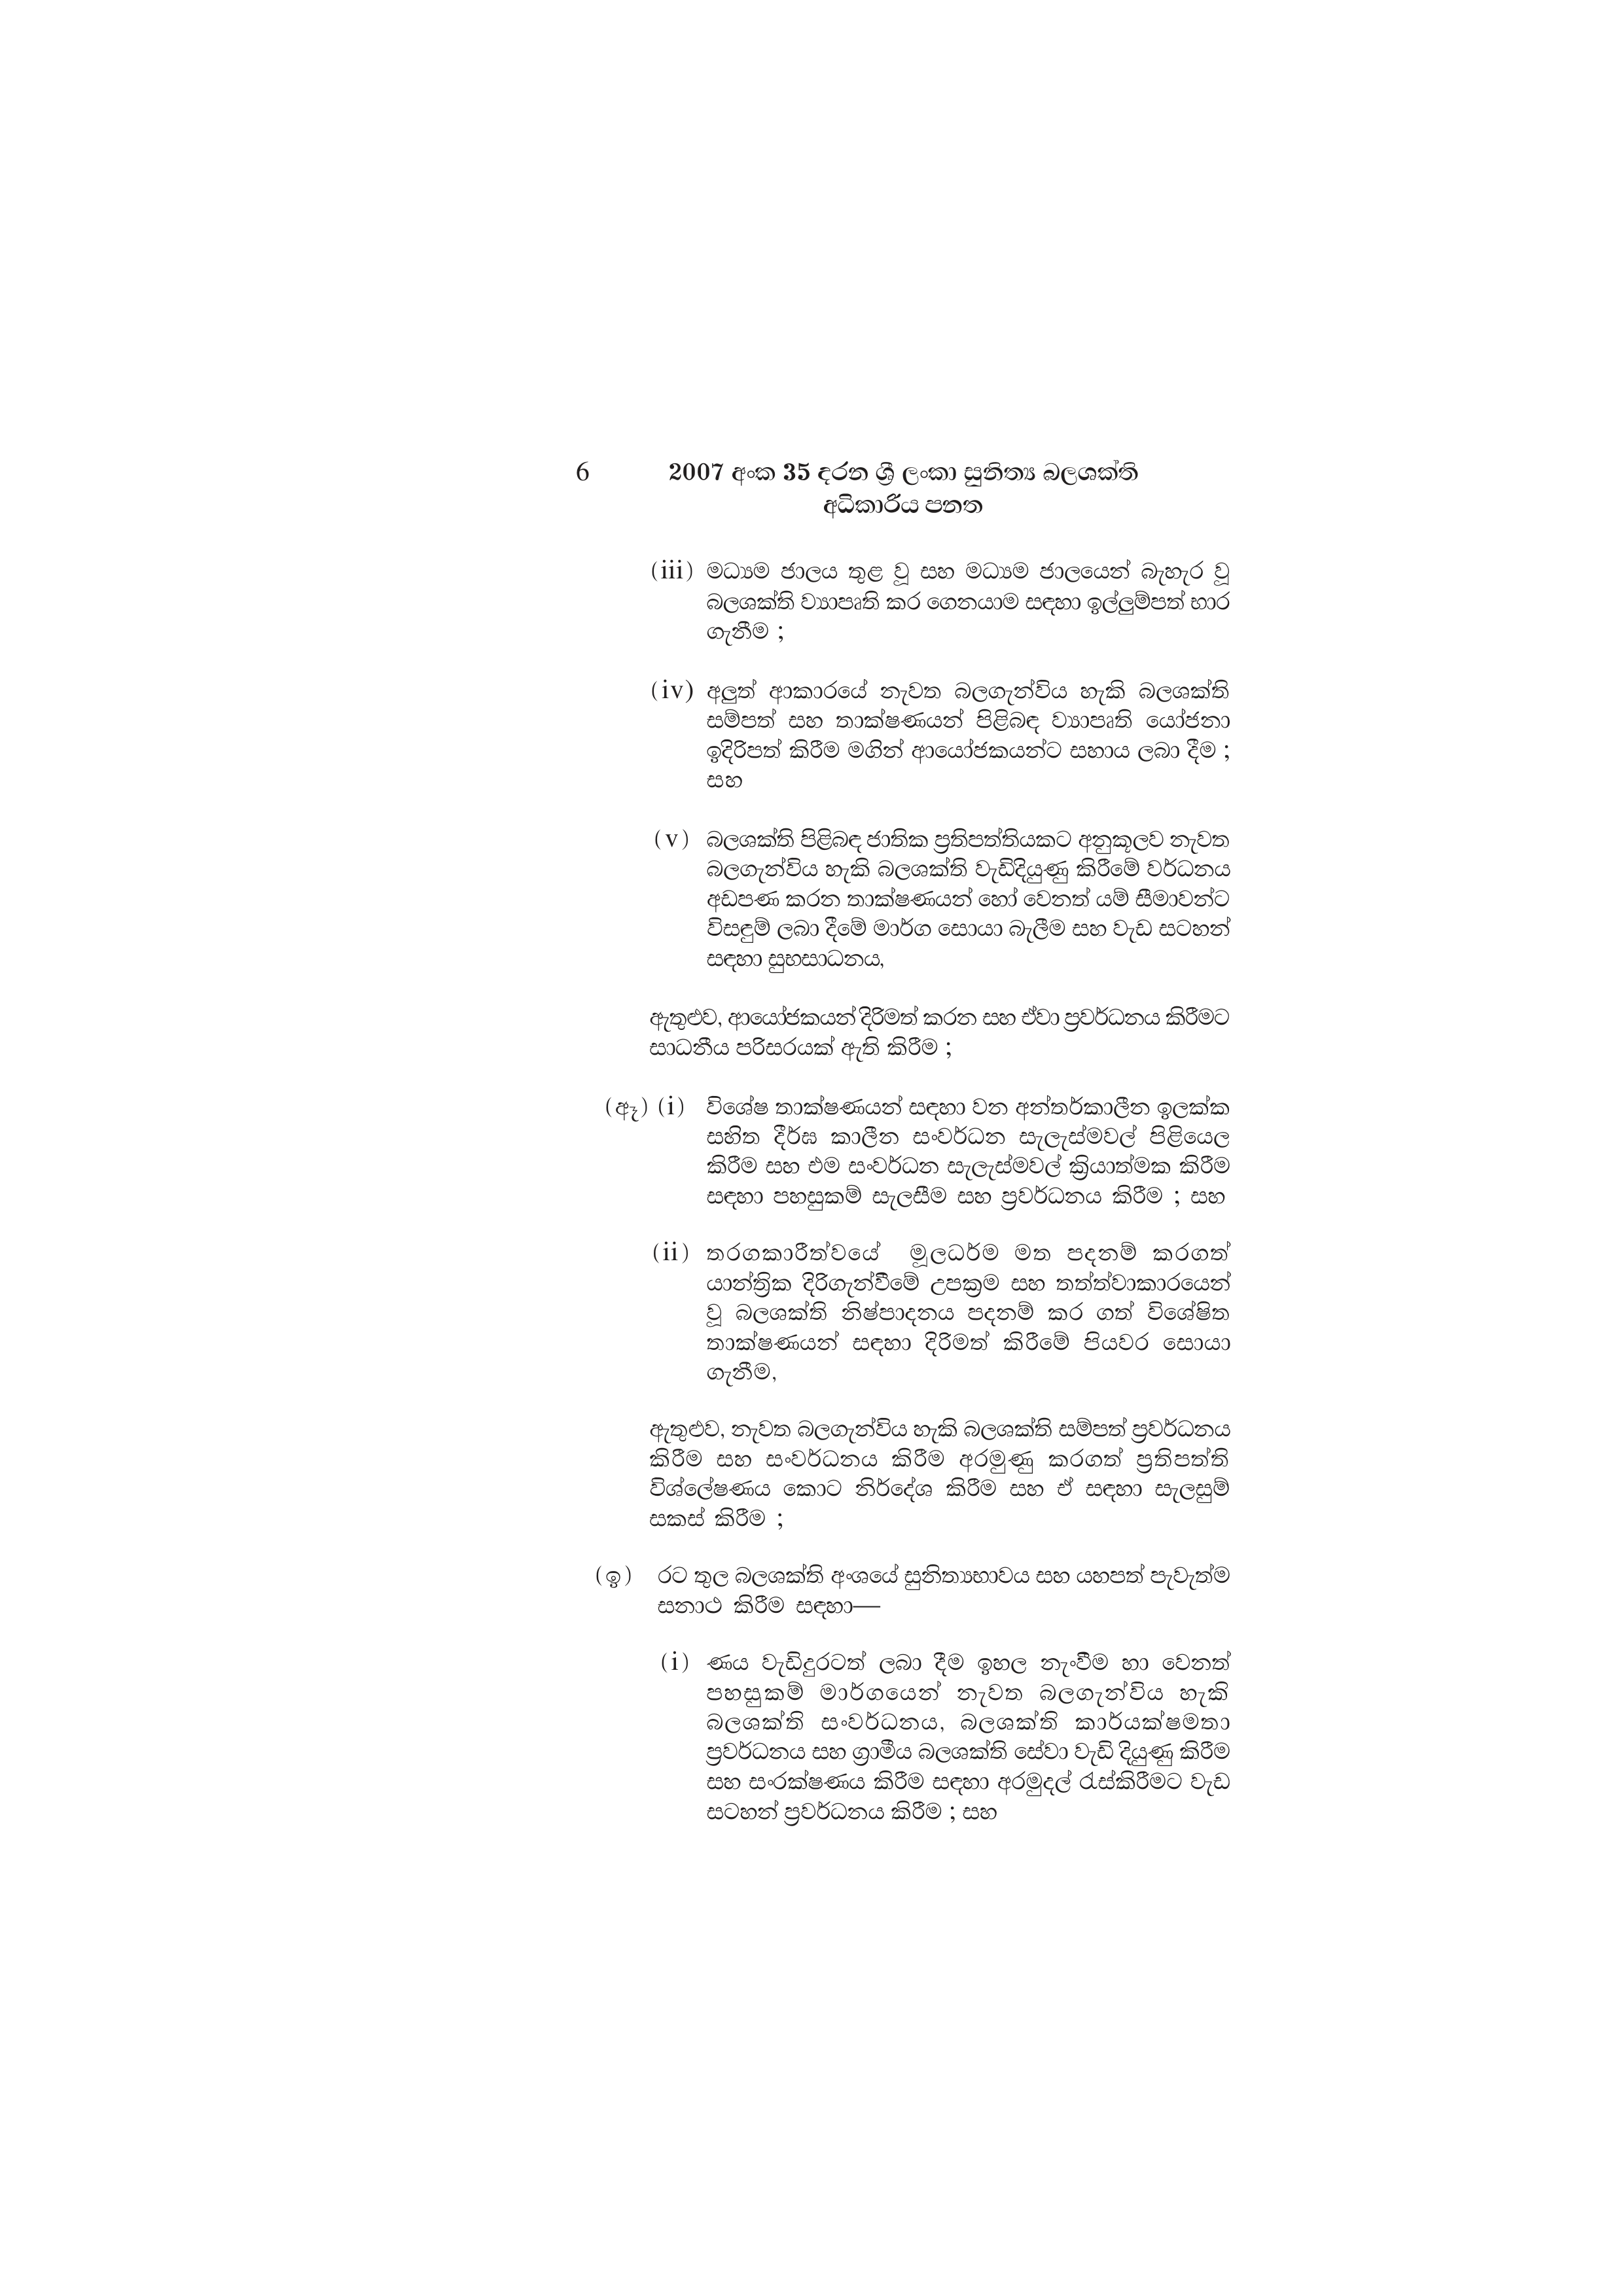
6 2007 අංක 35 දරන ශ්‍රී ලංකා සුනිත්‍ය බලශක්ති
අධිකාරිය පනත

(iii) මධ්‍යම ජාලය තුළ වූ සහ මධ්‍යම ජාලයෙන් බැහැර වූ
බලශක්ති ව්‍යාපෘති කර ගෙනයාම සඳහා ඉල්ලුම්පත් භාර
ගැනීම ;

(iv) අලුත් ආකාරයේ නැවත බලගැන්විය හැකි බලශක්ති
සම්පත් සහ තාක්ෂණයන් පිළිබඳ ව්‍යාපෘති යෝජනා
ඉදිරිපත් කිරීම මගින් ආයෝජකයන්ට සහාය ලබා දීම ;
සහ

(v) බලශක්ති පිළිබඳ ජාතික ප්‍රතිපත්තියකට අනුකූලව නැවත
බලගැන්විය හැකි බලශක්ති වැඩිදියුණු කිරීමේ වර්ධනය
අඩපණ කරන තාක්ෂණයන් හෝ වෙනත් යම් සීමාවන්ට
විසඳුම් ලබා දීමේ මාර්ග සොයා බැලීම සහ වැඩ සටහන්
සඳහා සුභසාධනය,

ඇතුළුව, ආයෝජකයන් දිරිමත් කරන සහ ඒවා ප්‍රවර්ධනය කිරීමට
සාධනීය පරිසරයක් ඇති කිරීම ;

(ඈ) (i) විශේෂ තාක්ෂණයන් සඳහා වන අන්තර්කාලීන ඉලක්ක
සහිත දීර්ඝ කාලීන සංවර්ධන සැලැස්මවල් පිළියෙල
කිරීම සහ එම සංවර්ධන සැලැස්මවල් ක්‍රියාත්මක කිරීම
සඳහා පහසුකම් සැලසීම සහ ප්‍රවර්ධනය කිරීම ; සහ

(ii) තරගකාරීත්වයේ මූලධර්ම මත පදනම් කරගත්
යාන්ත්‍රික දිරිගැන්වීමේ උපක්‍රම සහ තත්ත්වාකාරයෙන්
වූ බලශක්ති නිෂ්පාදනය පදනම් කර ගත් විශේෂිත
තාක්ෂණයන් සඳහා දිරිමත් කිරීමේ පියවර සොයා
ගැනීම,

ඇතුළුව, නැවත බලගැන්විය හැකි බලශක්ති සම්පත් ප්‍රවර්ධනය
කිරීම සහ සංවර්ධනය කිරීම අරමුණු කරගත් ප්‍රතිපත්ති
විශ්ලේෂණය කොට නිර්දේශ කිරීම සහ ඒ සඳහා සැලසුම්
සකස් කිරීම ;

(ඉ) රට තුල බලශක්ති අංශයේ සුනිත්‍යභාවය සහ යහපත් පැවැත්ම
සනාථ කිරීම සඳහා—

(i) ණය වැඩිදුරටත් ලබා දීම ඉහල නැංවීම හා වෙනත්
පහසුකම් මාර්ගයෙන් නැවත බලගැන්විය හැකි
බලශක්ති සංවර්ධනය, බලශක්ති කාර්යක්ෂමතා
ප්‍රවර්ධනය සහ ග්‍රාමීය බලශක්ති සේවා වැඩි දියුණු කිරීම
සහ සංරක්ෂණය කිරීම සඳහා අරමුදල් රැස්කිරීමට වැඩ
සටහන් ප්‍රවර්ධනය කිරීම ; සහ